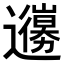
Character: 𨘳